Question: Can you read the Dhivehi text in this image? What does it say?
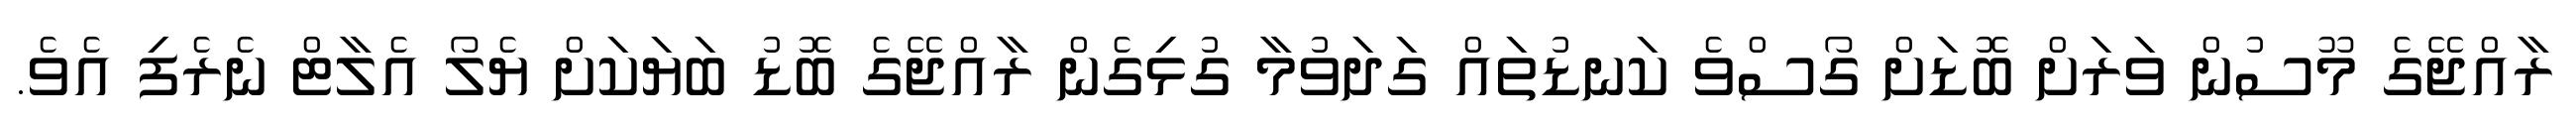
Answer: ރާއްޖޭގެ މޫސުން ވަރަށް ބޮޑަށް ގޯސްވެ ކަނޑުތައް ގަދަވުމާ ގުޅިގެން ރާއްޖޭގެ ބޮޑު ބަޔަކަށް ޔެލޯ އެލާޓް ނެރެފި އެވެ.